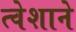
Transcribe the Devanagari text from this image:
त्वेशाने